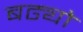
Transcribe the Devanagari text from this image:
बढ्यो